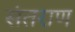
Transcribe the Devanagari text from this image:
संतराण